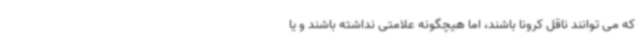
که می توانند ناقل کرونا باشند، اما هیچگونه علامتی نداشته باشند و یا